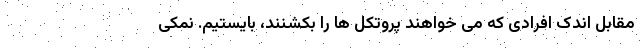
مقابل اندک افرادی که می خواهند پروتکل ها را بکشنند، بایستیم. نمکی